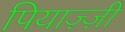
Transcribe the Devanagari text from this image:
पियाज़्ज़ी